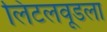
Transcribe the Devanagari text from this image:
लिटलवूडला